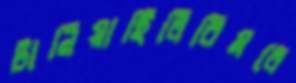
টানিয়াছিলিরিমলে